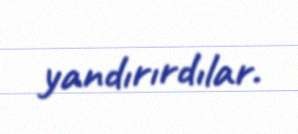
yandırırdılar.